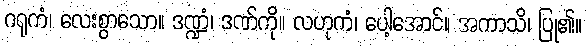
ဂရုကံ၊ လေးစွာသော။ ဒဏ္ဍံ၊ ဒဏ်ကို။ လဟုကံ၊ ပေါ့အောင်။ အကာသိ၊ ပြု၏။